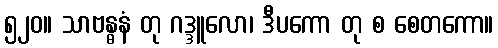
၅၂၀။ သာဗန္ဓနံ တု ဂဒ္ဒူလော၊ ဒီပကော တု စ စေတကော။